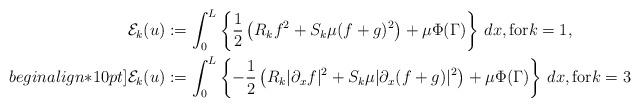
LaTeX: \begin{align*}&\mathcal{E}_k(u):=\displaystyle{\int_0^L}\left\{ \frac{1}{2}\left( R_k f^2+S_k\mu(f+g)^2\right)+\mu\Phi(\Gamma)\right\}\,dx ,\mbox{for}k=1,\\begin{align*}10pt]&\mathcal{E}_k(u):=\displaystyle{\int_0^L}\left\{ -\frac{1}{2}\left( R_k |\partial_xf|^2+S_k\mu|\partial_x(f+g)|^2\right)+\mu\Phi(\Gamma)\right\}\,dx ,\mbox{for}k=3\end{align*}